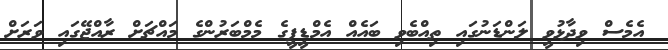
އެމެސް ވިދާޅުވީ ލަންޑަނުގައި ތިއްބެވި ބައެއް އެމްޑީޕީގެ މެމްބަރުންގެ މައްޗަށް ރާއްޖޭގައި ވަރަށް